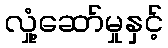
လှုံ့ဆော်မှုနှင့်